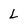
Character: L